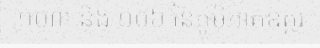
១០៣ និង ១០៦ នៃភូមិភាគឧត្តរ